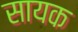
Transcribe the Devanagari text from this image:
सायक